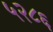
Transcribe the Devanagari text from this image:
५२८६